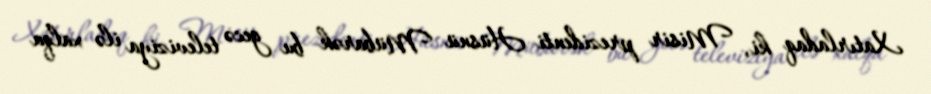
Xatırladaq ki, Misir prezidenti Hüsnü Mübarək bu gecə televiziya ilə xalqa